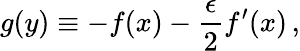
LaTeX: g(y)\equiv-f(x)-\frac{\epsilon}{2}f^{\prime}(x)\, ,